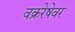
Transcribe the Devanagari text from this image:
वक्ररेषेवर